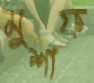
মুশাফ